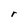
Character: r